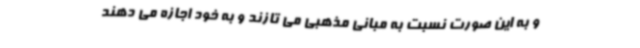
و به این صورت نسبت به مبانی مذهبی می تازند و به خود اجازه می دهند